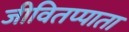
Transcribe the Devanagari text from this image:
जीवितप्पाता